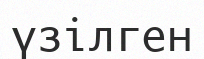
үзілген